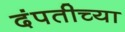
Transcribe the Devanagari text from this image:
दंपतीच्या